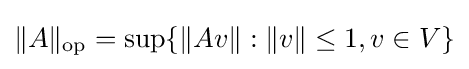
\|A\|_{\text{op}}=\sup\{\|Av\|:\|v\|\leq 1,v\in V\}